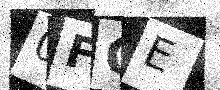
Text: 0FQE